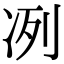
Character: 冽